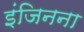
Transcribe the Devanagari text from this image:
इंजिनना